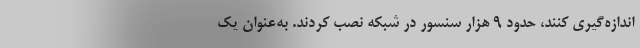
اندازه‌گیری کنند، حدود ۹ هزار سنسور در شبکه نصب کردند. به‌عنوان یک